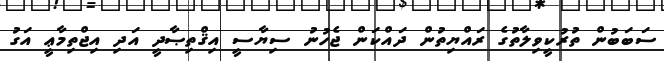
ސަބަބުން ތުރުކީވިލާތުގެ ރައްޔިތުން ދައްކަން ޖެހުނު ސިޔާސީ އިޤްތިޞާދީ އަދި އިޖްތިމާޢީ އަގު